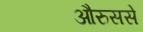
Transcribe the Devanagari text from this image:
औरुससे